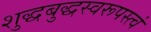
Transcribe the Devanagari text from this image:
शुद्धबुद्धस्वरूपस्त्वं